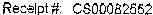
RECEIPT#: CS00082662